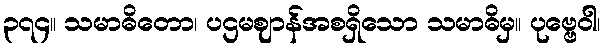
၃၇၄။ သမာဓိတော၊ ပဌမဈာန်အစရှိသော သမာဓိမှ။ ပုဗ္ဗေဝါ၊